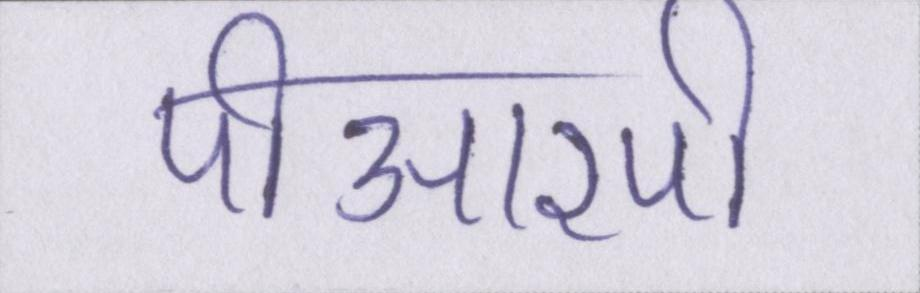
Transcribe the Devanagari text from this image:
पीआरपी